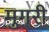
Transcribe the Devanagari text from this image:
मुगरी